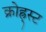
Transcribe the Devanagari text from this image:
क्रोह्र्स्ट